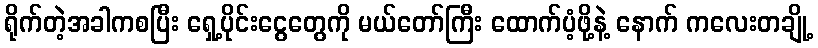
ရိုက်တဲ့အခါကစပြီး ရှေ့ပိုင်းငွေတွေကို မယ်တော်ကြီး ထောက်ပံ့ဖို့နဲ့ နောက် ကလေးတချို့